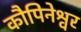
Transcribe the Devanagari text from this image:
कौपिनेश्वर